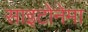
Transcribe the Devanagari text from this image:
साइटोनेमा